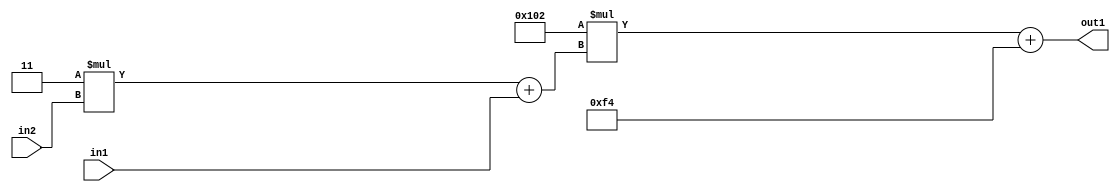
`timescale 1ps / 1ps
/*****************************************************************************
    Verilog RTL Description
    
    
    Created by: Stratus DpOpt 2019.1.01 
*******************************************************************************/

module DC_Filter_Add2i244Mul2i258Add2u1Mul2i3u2_4 (
	in2,
	in1,
	out1
	); /* architecture "behavioural" */ 
input [1:0] in2;
input  in1;
output [11:0] out1;
wire [11:0] asc001;
wire [3:0] asc002;

wire [3:0] asc002_tmp_0;
assign asc002_tmp_0 = 
	+(4'B0011 * in2);
assign asc002 = asc002_tmp_0
	+(in1);

wire [11:0] asc001_tmp_1;
assign asc001_tmp_1 = 
	+(12'B000100000010 * asc002);
assign asc001 = asc001_tmp_1
	+(12'B000011110100);

assign out1 = asc001;
endmodule

/* CADENCE  v7X4SgA= : u9/ySgnWtBlWxVPRXgAZ4Og= ** DO NOT EDIT THIS LINE ******/